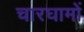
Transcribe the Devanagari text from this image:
चारघामों